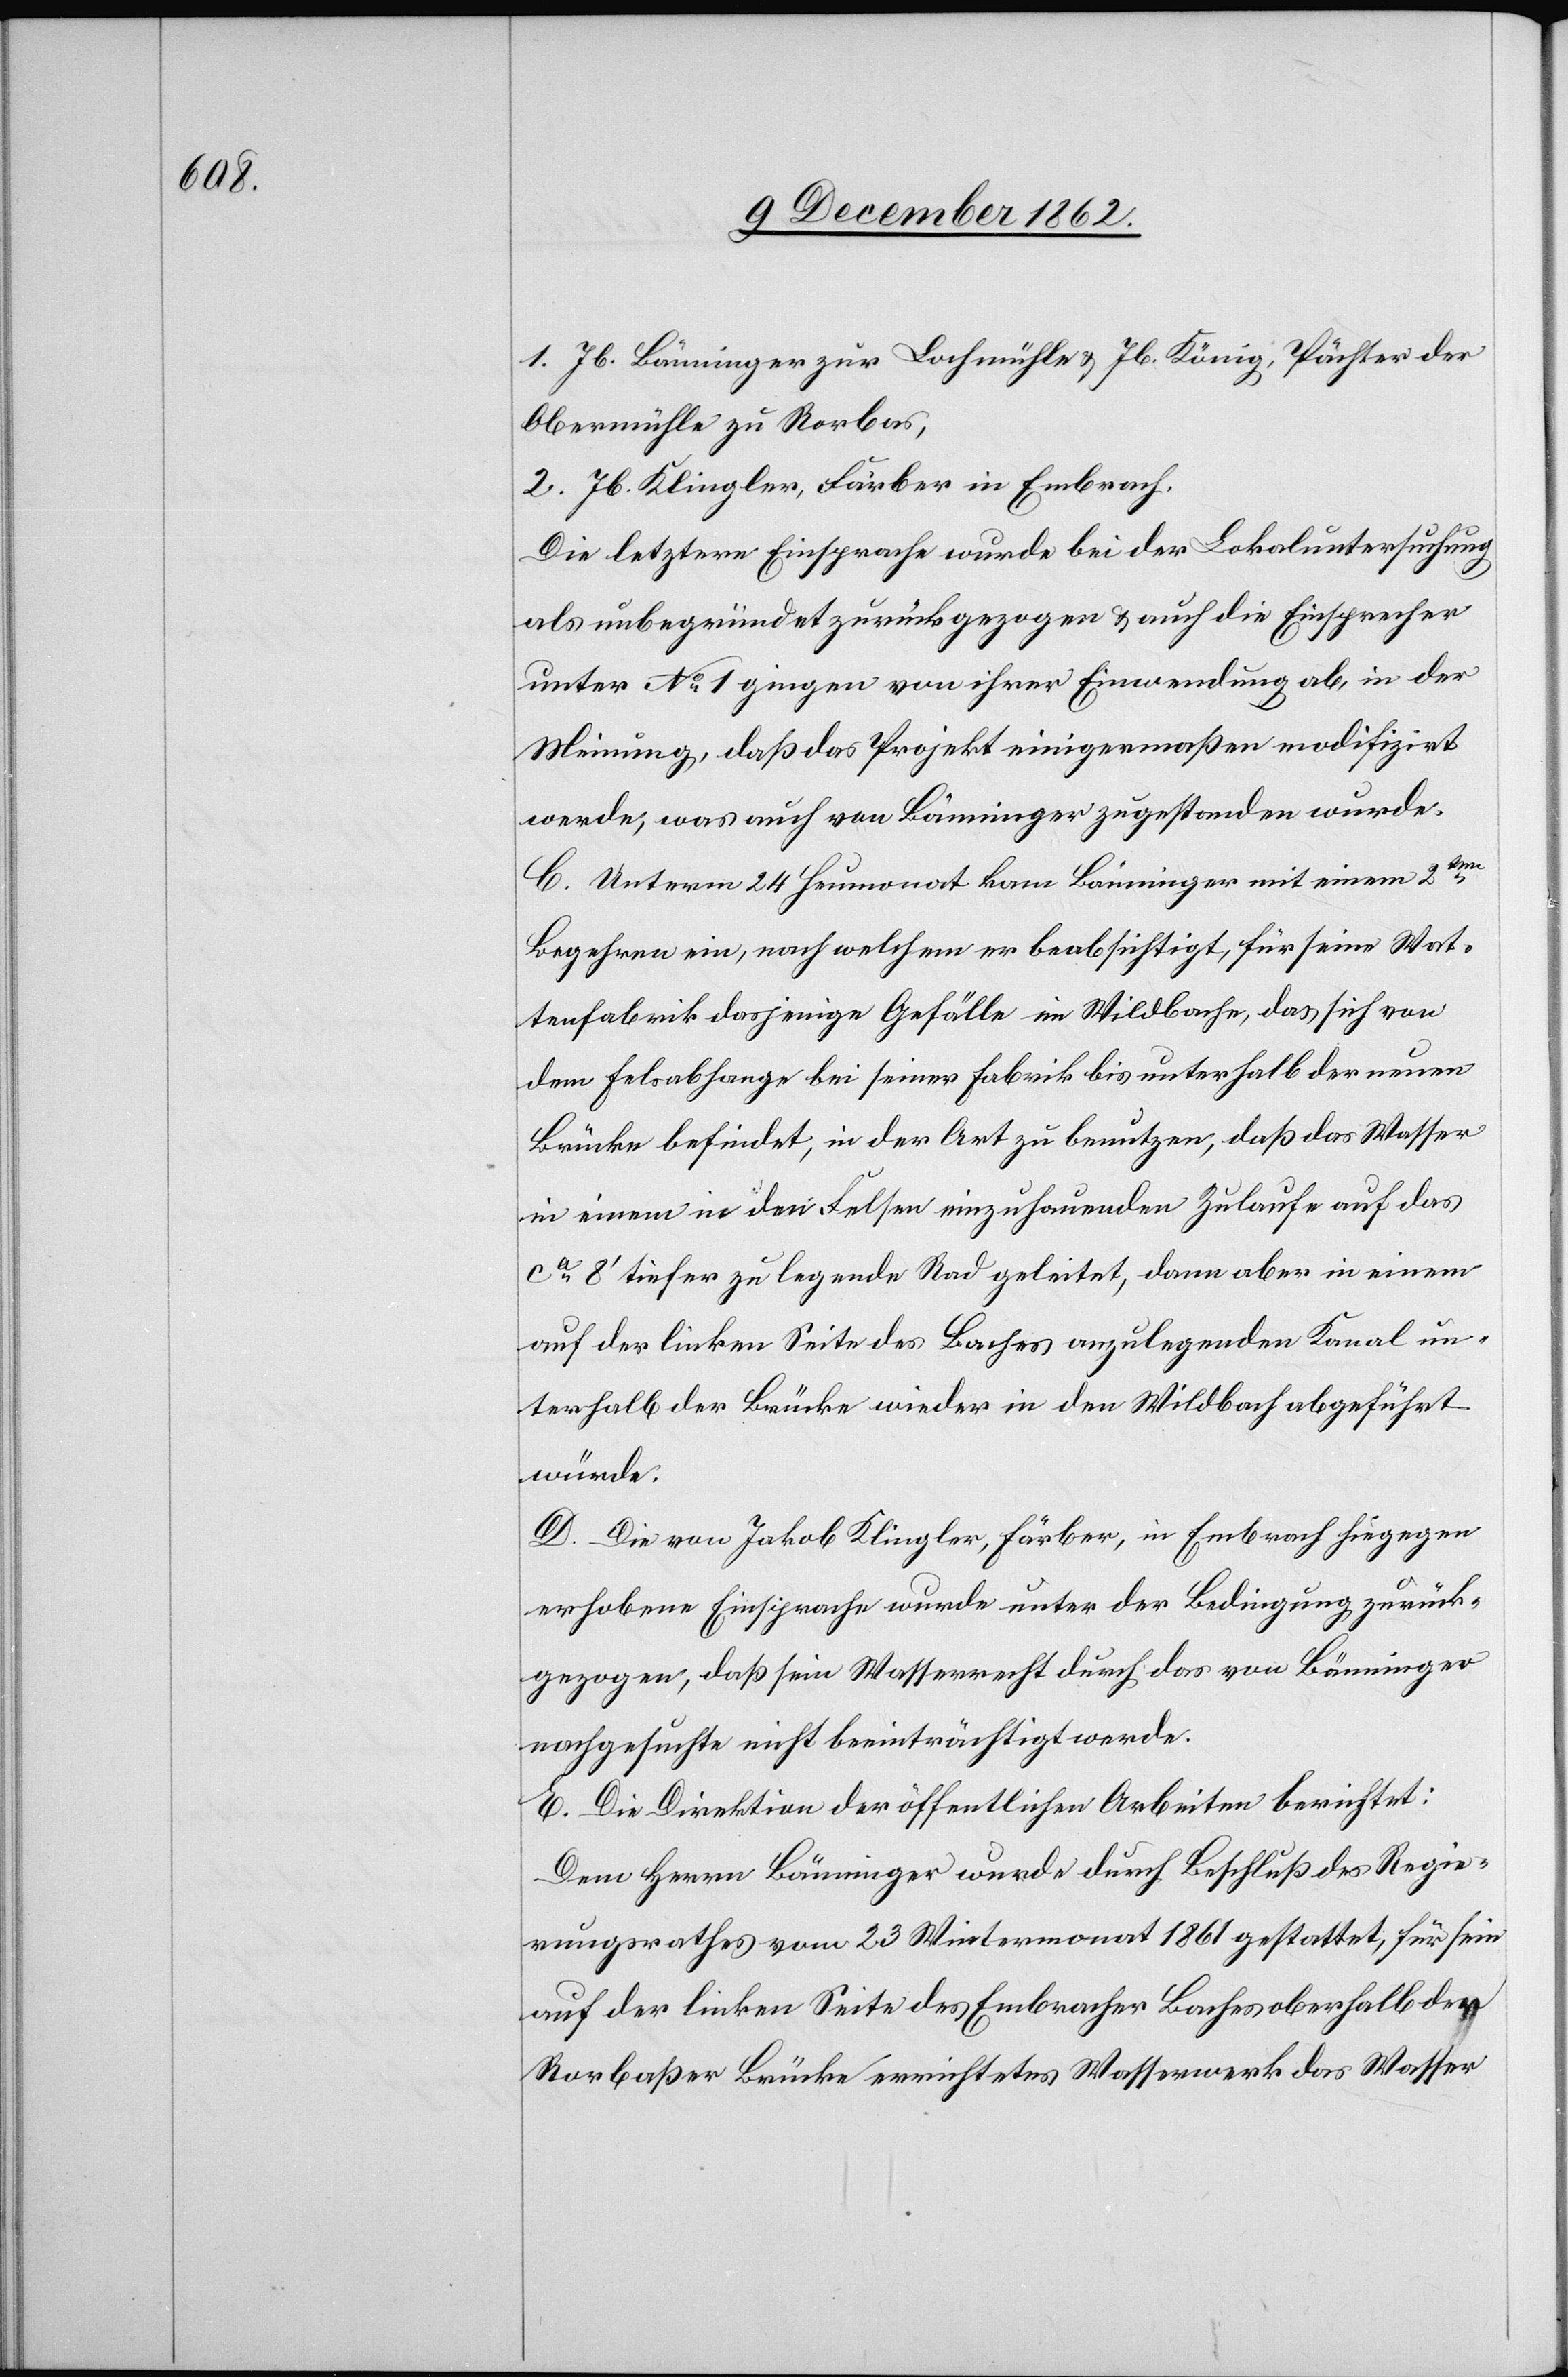
1. Jb. Bänninger zur Lochmühle u. Jb. König, Pächter der
Obermühle zu Rorbas,
2. Jb. Klingler, Färber in Embrach.
Die letztere Einsprache wurde bei der Lokaluntersuchung
als unbegründet zurückgezogen u. auch die Einsprecher
unter No 1 gingen von ihrer Einwendung ab, in der
Meinung, daß das Projekt einigermaßen modifizirt
werde, was auch von Bänninger zugestanden wurde.
C. Unterm 24. Heumonat kam Bänninger mit einem 2ten
Begehren ein, nach welchem er beabsichtigt, für seine Wat¬
tenfabrik dasjenige Gefälle im Wildbache, das sich von
dem Felsabhange bei seiner Fabrik bis unterhalb der neuen
Brücke befindet, in der Art zu benutzen, daß das Wasser
in einem in den Felsen einzuhauenden Zulaufe auf das
ca 8’ tiefer zu legende Rad geleitete, dann aber in einem
auf der linken Seite des Baches anzulegenden Kanal un¬
terhalb der Brücke wieder in den Wildbach abgeführt
würde.,
D. Die von Jakob Klingler, Färber, in Embrach hiegegen
erhobene Einsprache wurde unter der Bedingung zurück¬
gezogen, daß sein Wasserrecht durch das von Bänninger
nachgesuchte nicht beeinträchtigt werde.
E. Die Direktion der öffentlichen Arbeiten berichtet:
Dem Herrn Bänninger wurde durch Beschluß des Regie¬
rungsrathes vom 23. Wintermonat 1861 gestattet, für sein
auf der linken Seite des Embracher Baches oberhalb der
Rorbaßer Brücke errichtetes Wasserwerk das Wasser